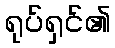
ရုပ်ရှင်၏